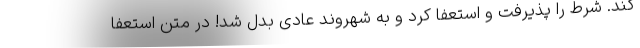
کند. شرط را پذیرفت و استعفا کرد و به شهروند عادی بدل شد! در متن استعفا